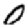
Digit: 0